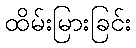
ထိမ်းမြားခြင်း